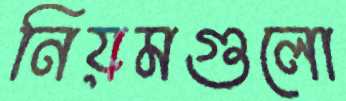
নিয়মগুলো